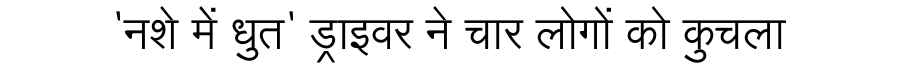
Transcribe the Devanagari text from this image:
'नशे में धुत' ड्राइवर ने चार लोगों को कुचला